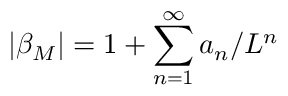
| \beta _ { M } | = 1 + \sum _ { n = 1 } ^ { \infty } a _ { n } / L ^ { n }